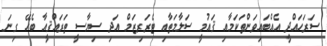
ސަރަހައްދީ އެއްބައިވަންތަކަމާއި ޤައުމީ ސަލާމަތާއި ޓެރަރިޒަމް އަދި ސިޔާސީ ތަރައްޤީއާ ބެހޭ ގިނަ